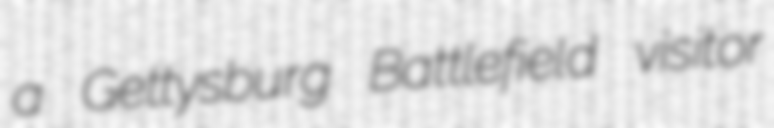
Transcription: a Gettysburg Battlefield visitor